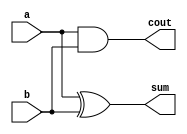
`timescale 1ps / 1fs
//////////////////////////////////////////////////////////////////////////////////
// Company: 
// Engineer: 
// 
// Design Name: 
// Module Name:    ha 
// Project Name: 
// Target Devices: 
// Tool versions: 
// Description: 
//
// Dependencies: 
//
// Revision: 
// Revision 0.01 - File Created
// Additional Comments: 
//
//////////////////////////////////////////////////////////////////////////////////
module half_adder( a,b, sum, cout );
input a,b;
output sum, cout;
xor #(34.77) xor_1 (sum,a,b);
and #(2) and_1 (cout,a,b);
endmodule